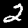
Digit: 2